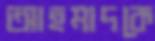
আহমাদকে